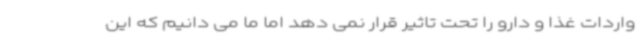
واردات غذا و دارو را تحت تاثیر قرار نمی دهد اما ما می دانیم که این